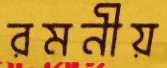
রমনীয়